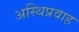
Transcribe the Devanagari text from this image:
अस्थिप्रवाह